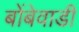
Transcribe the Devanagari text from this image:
बोंबेवाडी